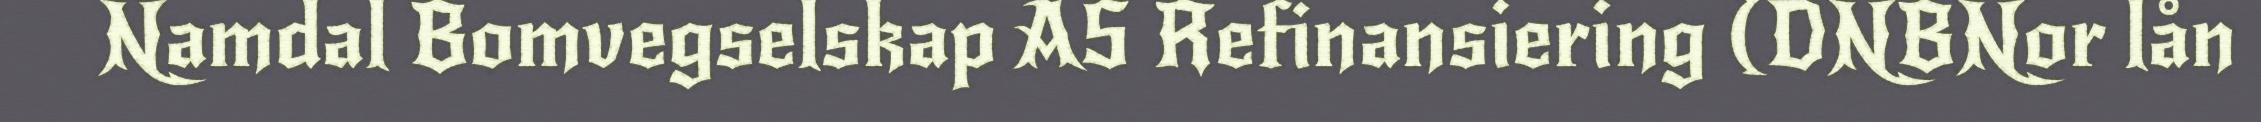
Namdal Bomvegselskap AS Refinansiering (DNBNor lån